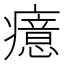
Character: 癔